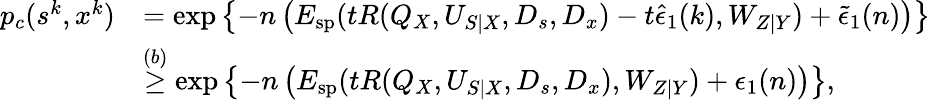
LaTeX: \begin{array}{rl}{p_{c}(s^{k},x^{k})}&{=\exp\left\{ -n\left(E_{\mathrm{sp}}(tR(Q_{X},U_{S|X},D_{s},D_{x})-t\hat{\epsilon}_{1}(k),W_{Z|Y})+\tilde{\epsilon}_{1}(n)\right)\right\} }\\ &{\overset{(b)}{\geq}\exp\left\{ -n\left(E_{\mathrm{sp}}(tR(Q_{X},U_{S|X},D_{s},D_{x}),W_{Z|Y})+\epsilon_{1}(n)\right)\right\} ,}\end{array}